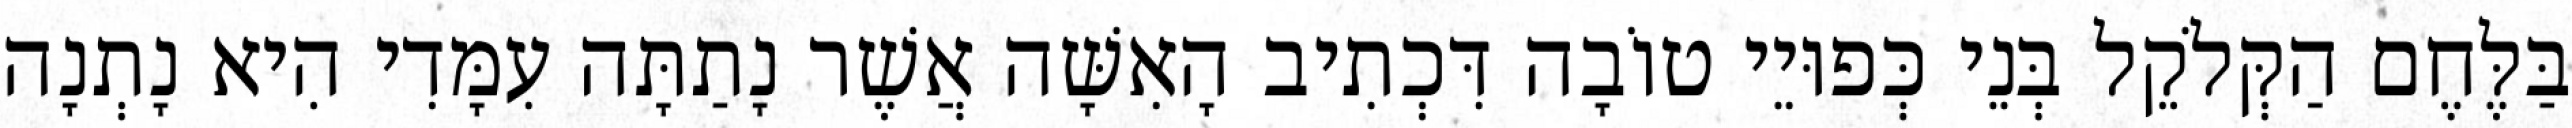
בַּלֶּחֶם הַקְּלֹקֵל בְּנֵי כְּפוּיֵי טוֹבָה דִּכְתִיב הָאִשָּׁה אֲשֶׁר נָתַתָּה עִמָּדִי הִיא נָתְנָה